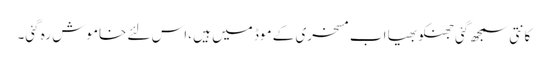
کانتی سمجھ گئی جھنکو بھیا اب مسخری کے موڈ میں ہیں ،اس لئے خاموش رہ گئی۔